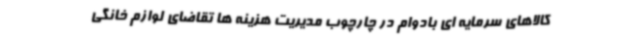
کالاهای سرمایه ای بادوام در چارچوب مدیریت هزینه ها تقاضای لوازم خانگی